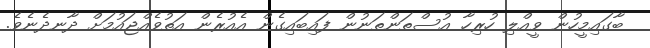
ބާގައިމީހުން ވީއްލި ހުރިހާ އުސްތަންތަނުން ފައިބައިގެން އެއުރެން އަތުވެއްޖައުމަށް ދާނދެނެވެ.